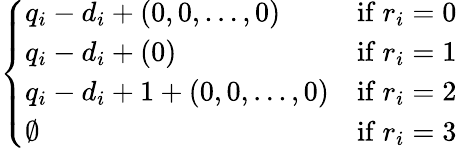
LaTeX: \left\{ \begin{array}{ll}{q_{i}-d_{i}+(0,0,\dots,0)}&{\mathrm{if~}r_{i}=0}\\ {q_{i}-d_{i}+(0)}&{\mathrm{if~}r_{i}=1}\\ {q_{i}-d_{i}+1+(0,0,\dots,0)}&{\mathrm{if~}r_{i}=2}\\ {\emptyset}&{\mathrm{if~}r_{i}=3}\end{array}\right.